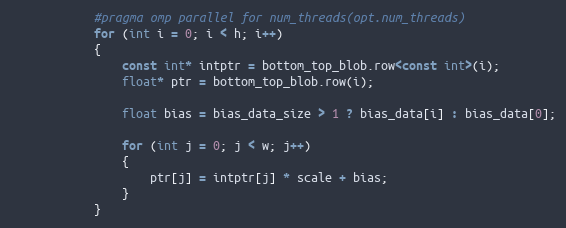
Language: C++
            #pragma omp parallel for num_threads(opt.num_threads)
            for (int i = 0; i < h; i++)
            {
                const int* intptr = bottom_top_blob.row<const int>(i);
                float* ptr = bottom_top_blob.row(i);

                float bias = bias_data_size > 1 ? bias_data[i] : bias_data[0];

                for (int j = 0; j < w; j++)
                {
                    ptr[j] = intptr[j] * scale + bias;
                }
            }